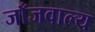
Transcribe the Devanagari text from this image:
जाँजवाल्य